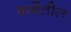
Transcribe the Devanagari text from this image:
कथेंतील